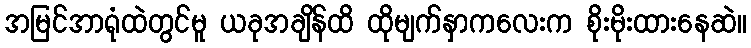
အမြင်အာရုံထဲတွင်မူ ယခုအချိန်ထိ ထိုမျက်နှာကလေးက စိုးမိုးထားနေဆဲ။